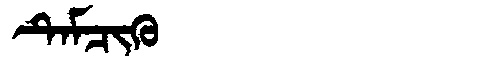
Manchu: ᡨᡝᠮᠴᡳᡴᡠ
Romanization: TEMCIKU